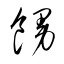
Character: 饅